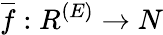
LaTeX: {\overline{{f}}}:R^{(E)}\to N